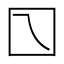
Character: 𡆡